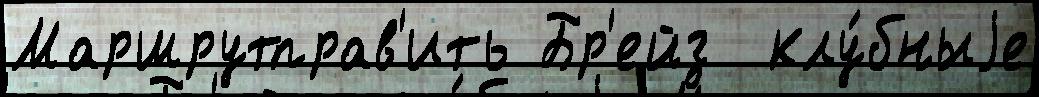
Маршрутправ'ить Бр'ейз  клу́бныjе